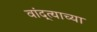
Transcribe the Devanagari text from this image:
वांद्त्‍याच्या